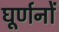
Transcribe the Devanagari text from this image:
घूर्णनों